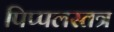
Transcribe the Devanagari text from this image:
पिप्पलस्तत्र